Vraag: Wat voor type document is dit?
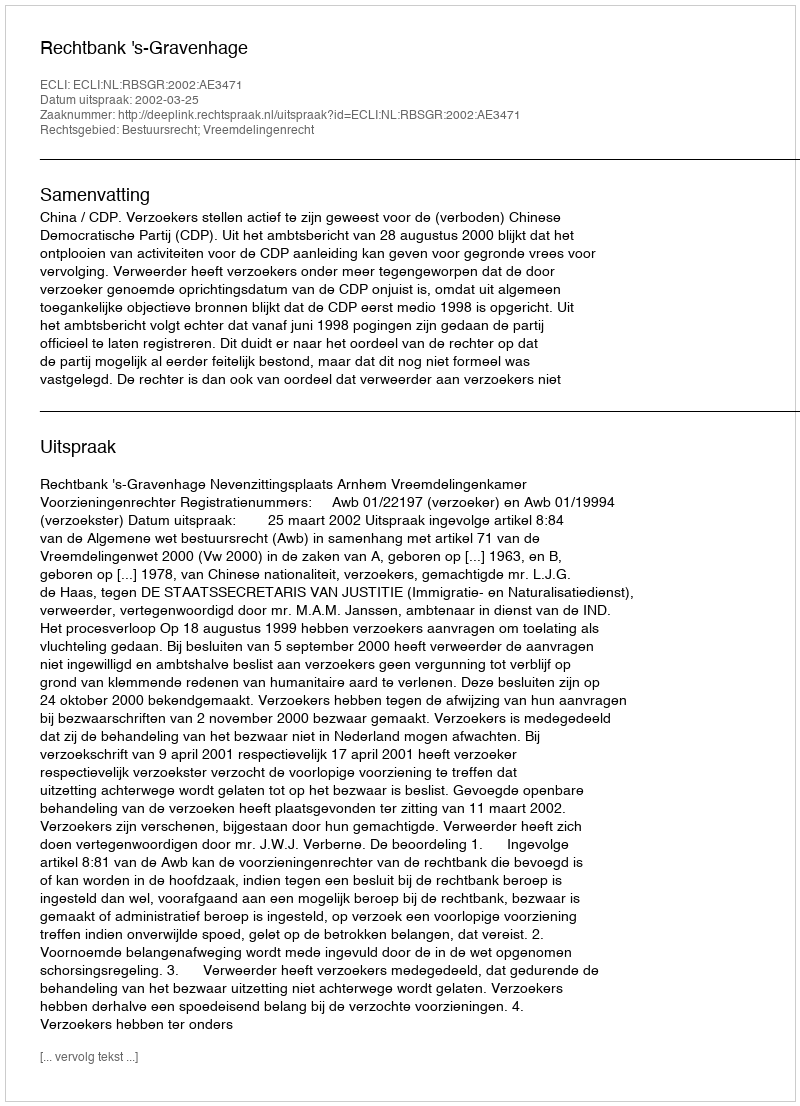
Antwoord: Uitspraak